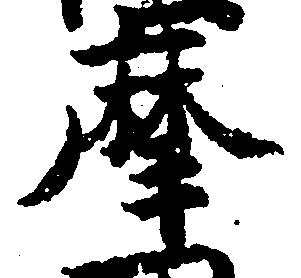
摩